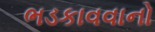
ભડકાવવાનો